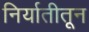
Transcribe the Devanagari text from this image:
निर्यातीतून